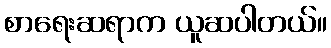
စာရေးဆရာက ယူဆပါတယ်။